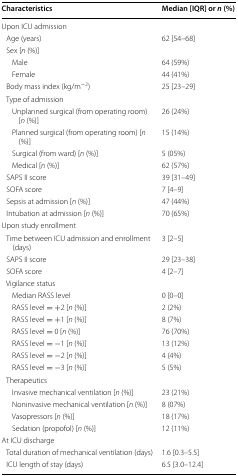
| Characteristics | Median [IQR] or n (%) |
 | --- | --- |
 | Upon ICU admission |  |
 | Age (years) | 62 [54–68] |
 | Sex [n (%)] |  |
 | Male | 64 (59%) |
 | Female | 44 (41%) |
 | Body mass index (kg/m−2) | 25 [23–29] |
 | Type of admission |  |
 | Unplanned surgical (from operating room) [n (%)] | 26 (24%) |
 | Planned surgical (from operating room) [n (%)] | 15 (14%) |
 | Surgical (from ward) [n (%)] | 5 (05%) |
 | Medical [n (%)] | 62 (57%) |
 | SAPS II score | 39 [31–49] |
 | SOFA score | 7 [4–9] |
 | Sepsis at admission [n (%)] | 47 (44%) |
 | Intubation at admission [n (%)] | 70 (65%) |
 | Upon study enrollment |  |
 | Time between ICU admission and enrollment (days) | 3 [2–5] |
 | SAPS II score | 29 [23–38] |
 | SOFA score | 4 [2–7] |
 | Vigilance status |  |
 | Median RASS level | 0 [0–0] |
 | RASS level = +2 [n (%)] | 2 (2%) |
 | RASS level = +1 [n (%)] | 8 (7%) |
 | RASS level = 0 [n (%)] | 76 (70%) |
 | RASS level = −1 [n (%)] | 13 (12%) |
 | RASS level = −2 [n (%)] | 4 (4%) |
 | RASS level = −3 [n (%)] | 5 (5%) |
 | Therapeutics |  |
 | Invasive mechanical ventilation [n (%)] | 23 (21%) |
 | Noninvasive mechanical ventilation [n (%)] | 8 (07%) |
 | Vasopressors [n (%)] | 18 (17%) |
 | Sedation (propofol) [n (%)] | 12 (11%) |
 | At ICU discharge |  |
 | Total duration of mechanical ventilation (days) | 1.6 [0.3–5.5] |
 | ICU length of stay (days) | 6.5 [3.0–12.4] |